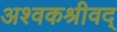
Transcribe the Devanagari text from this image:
अश्वकश्रीवद्‌